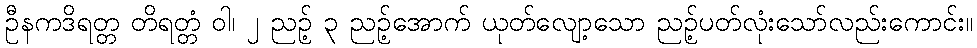
ဦနကဒိရတ္တ တိရတ္တံ ဝါ၊ ၂ ညဉ့် ၃ ညဉ့်အောက် ယုတ်လျော့သော ညဉ့်ပတ်လုံးသော်လည်းကောင်း။